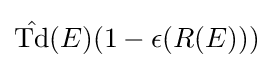
{\hat {\mathrm {Td} }}(E)(1-\epsilon (R(E)))